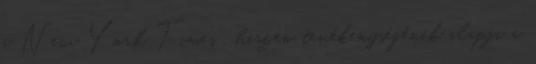
a New York Times , hiszen tevékenységének alapja a